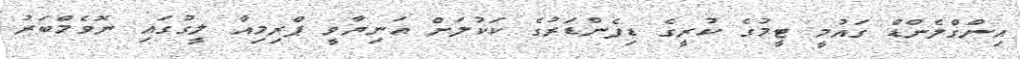
އިންގްލެންޑް ގައުމީ ޓީމުގެ ކުރީގެ ޑިފެންޑަރުގެ ކަކުލަށް އަނިޔާވީ ޕްރިމިއާ ލީގުގައި ނޮވެމްބަރު